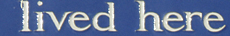
lived here